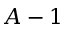
A - 1